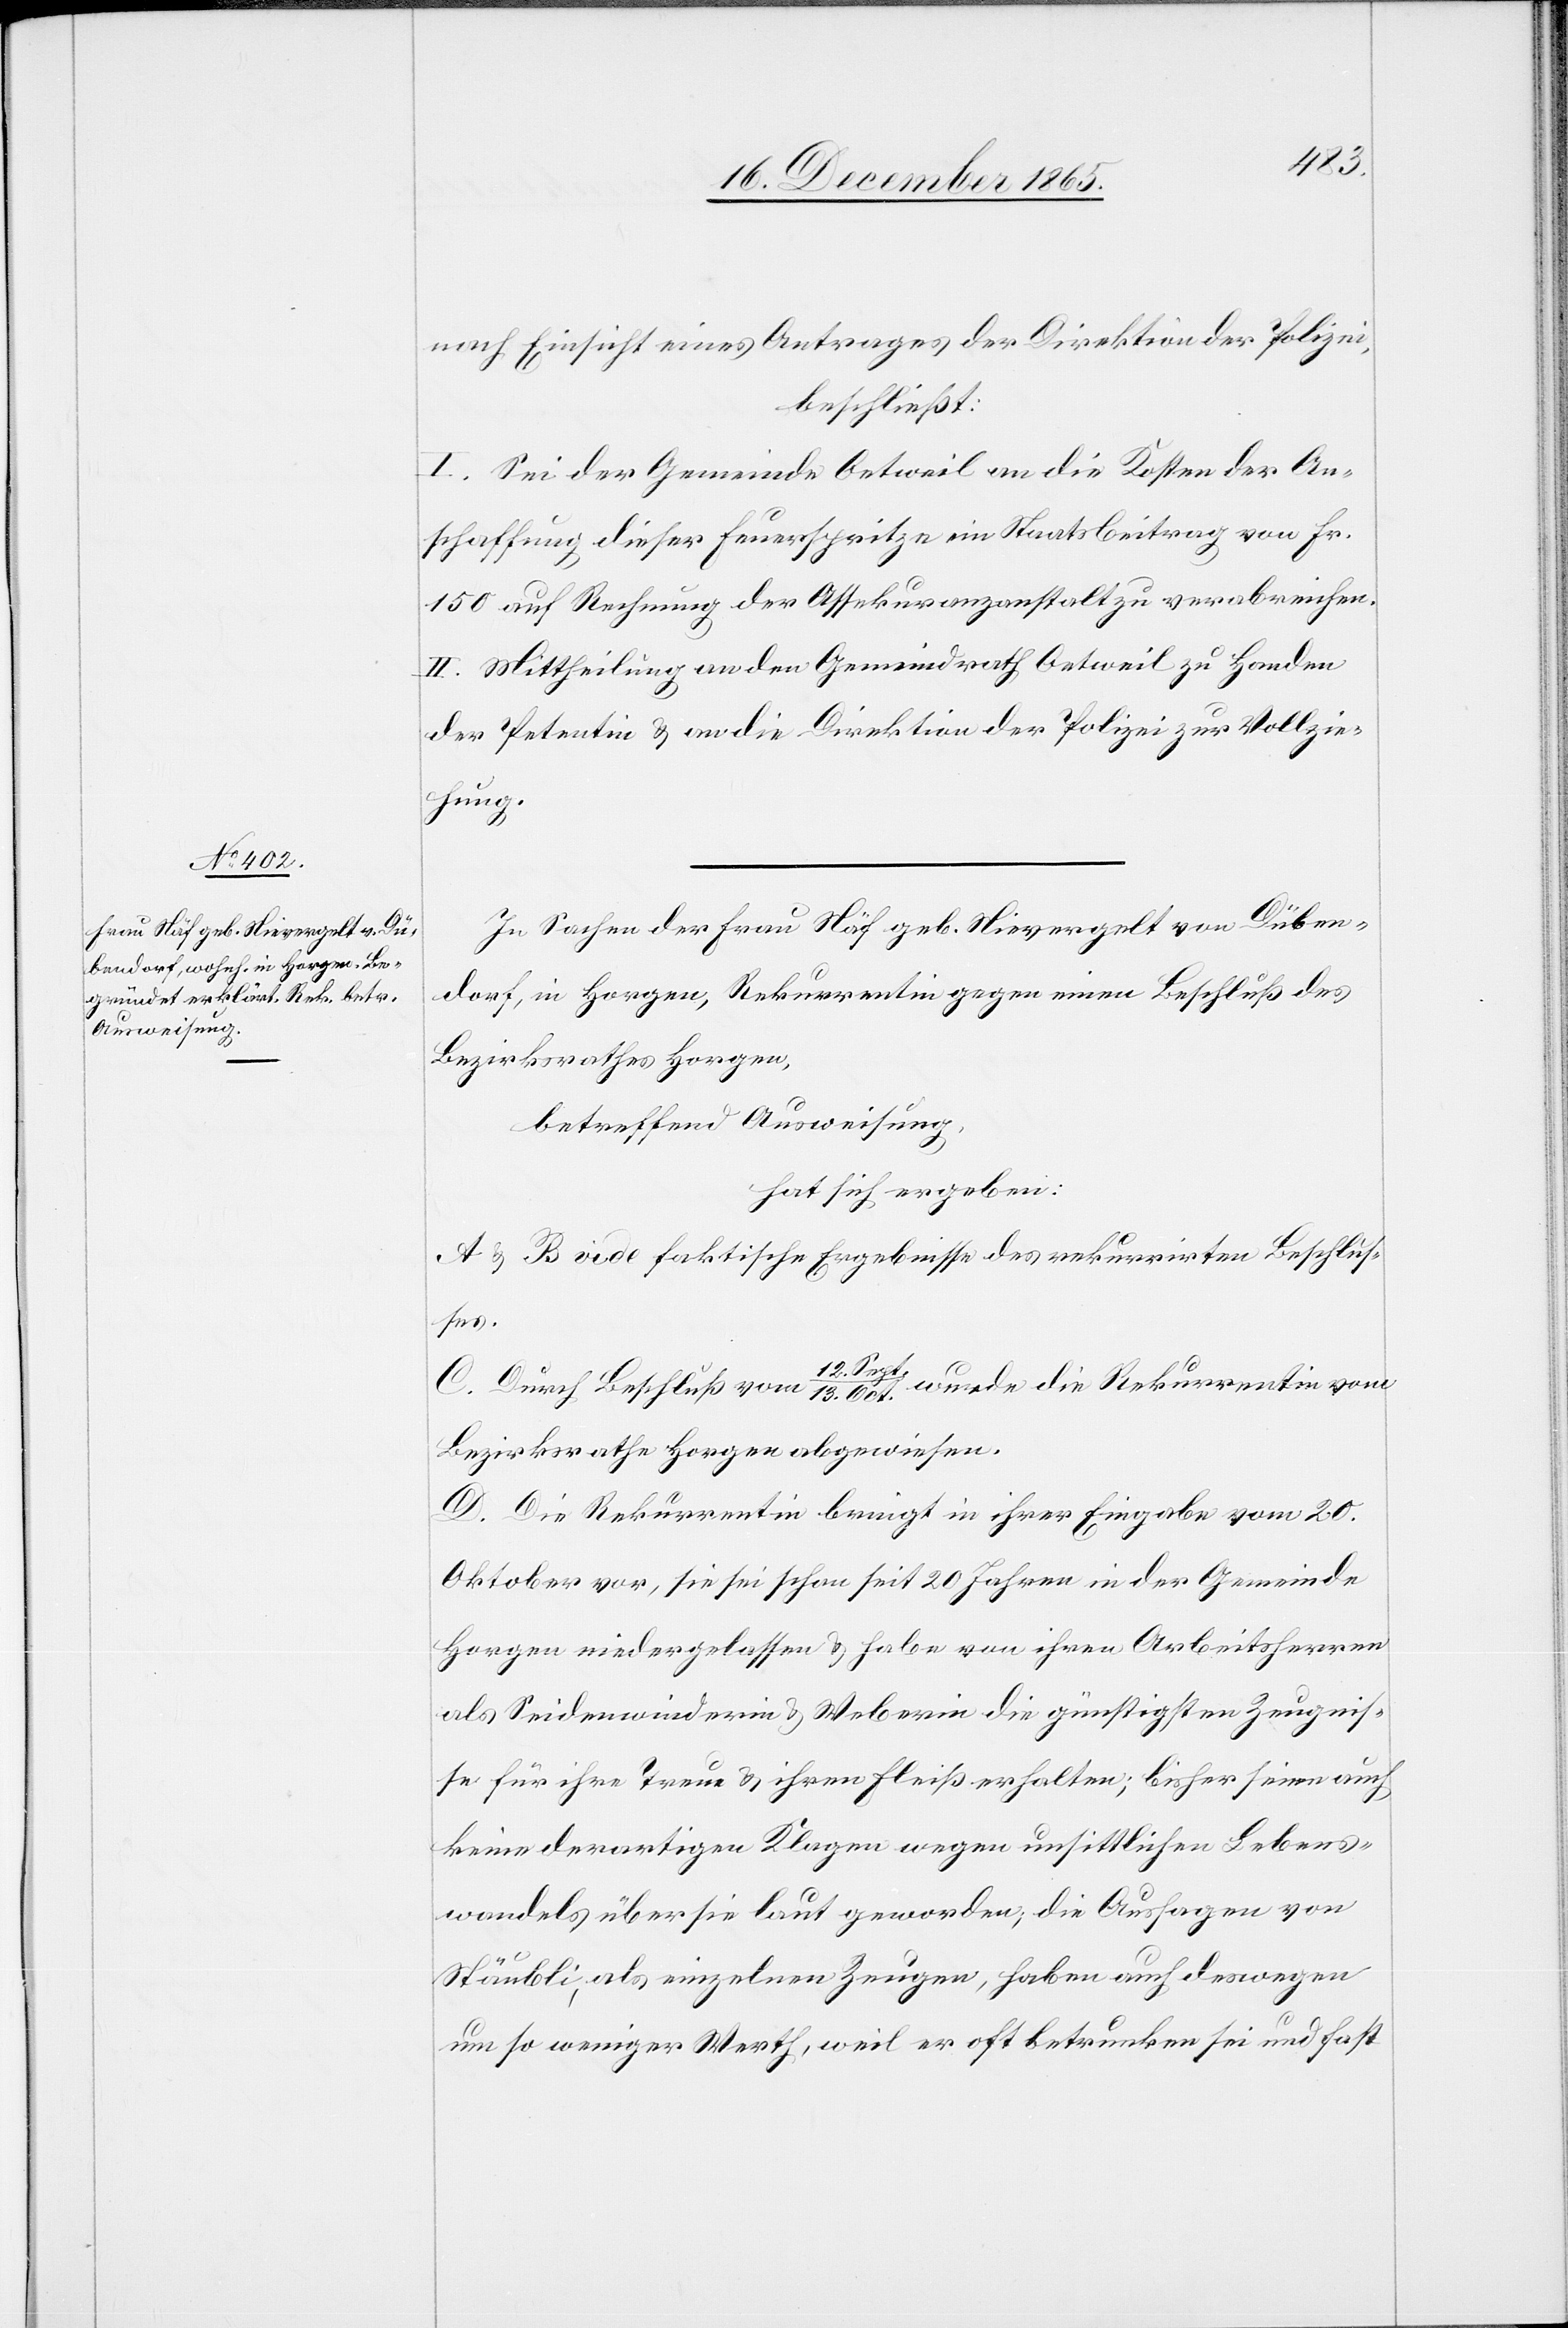
nach Einsicht eines Antrages der Direktion der Polizei,
beschließt:
I. Sei der Gemeinde Oetweil an die Kosten der An¬
schaffung dieser Feuerspritze ein Staatsbeitrag von Fr.
105 auf Rechnung der Assekuranzanstalt zu verabreichen.
II. Mittheilung an den Gemeindrath Oetweil zu Handen
der Petentin & an die Direktion der Polizei zur Vollzie¬
hung.
In Sachen der Frau Näf, geb. Nievergelt von Düben¬
dorf, in Horgen, Rekurrentin gegen einen Beschluß des
Bezirksrathes Horgen,
betreffend Ausweisung,
hat sich ergeben:
A & B vide faktische Ergebnisse des rekurrirten Beschlus¬
ses.
C. Durch Beschluß vom 12. Sept./13. Oct. wurde die Rekurrentin vom
Bezirksrathe Horgen abgewiesen.
D. Die Rekurrentin bringt in ihrer Eingabe vom 20.
Oktober vor, sie sei schon seit 20 Jahren in der Gemeinde
Horgen niedergelassen & habe von ihren Arbeitsherren
als Seidenwinderin & Weberin die günstigsten Zeugnis¬
se für ihre Treue & ihren Fleiß erhalten; bisher seien auch
keine derartigen Klagen wegen unsittlichen Lebens¬
wandels über sie laut geworden, die Aussagen von
Stäubli, als einzelnen Zeugen, haben auch deswegen
um so weniger Werth, weil er oft betrunken sei und fast